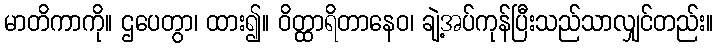
မာတိကာကို။ ဌပေတွာ၊ ထား၍။ ဝိတ္ထာရိတာနေဝ၊ ချဲ့အပ်ကုန်ပြီးသည်သာလျှင်တည်း။